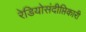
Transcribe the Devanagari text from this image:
रेडियोसंदीप्तिकारी